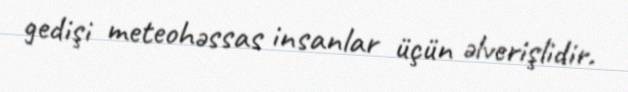
gedişi meteohəssas insanlar üçün əlverişlidir.